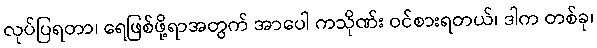
လုပ်ပြရတာ၊ ရေဖြစ်ဖို့ရာအတွက် အာပေါ ကသိုဏ်း ဝင်စားရတယ်၊ ဒါက တစ်ခု၊